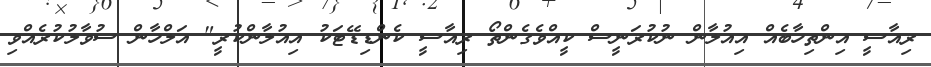
ރިއާސީ އިންތިހާބެއް އިއުލާން ނުކުރަނީސް ކީއްވެގެންތޯ ރިއާސީ ކެންޑިޑޭޓަކު އިއުލާންކުރީ" އަލްހާން ސުވާލުކުރެއްވި